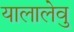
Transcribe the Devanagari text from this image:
यालालेवु